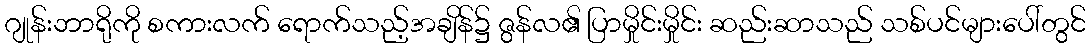
ဂျုန်းဘာရိုကို စကားလက် ရောက်သည့်အချိန်၌ ဇွန်လ၏ ပြာမှိုင်းမှိုင်း ဆည်းဆာသည် သစ်ပင်များပေါ်တွင်